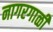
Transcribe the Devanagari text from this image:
नागरगाळी